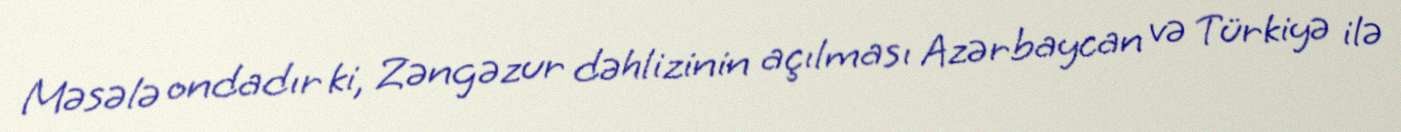
Məsələ ondadır ki, Zəngəzur dəhlizinin açılması Azərbaycan və Türkiyə ilə